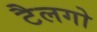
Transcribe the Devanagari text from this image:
टैलगो